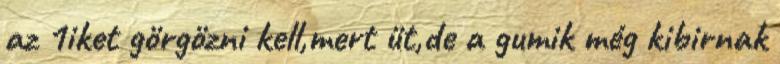
az 1iket görgözni kell,mert üt,de a gumik még kibirnak